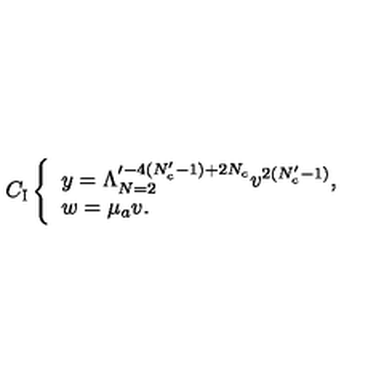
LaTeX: C _ { \mathrm { I } } \left\{ \begin{array} { l } { y = \Lambda _ { N = 2 } ^ { \prime - 4 ( N _ { c } ^ { \prime } - 1 ) + 2 N _ { c } } v ^ { 2 ( N _ { c } ^ { \prime } - 1 ) } , } \\ { w = \mu _ { a } v . } \\ \end{array} \right.